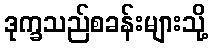
ဒုက္ခသည်စခန်းများသို့